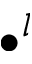
\bullet ^ { l }